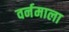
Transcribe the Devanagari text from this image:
वर्नमाला